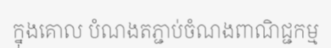
ក្នុងគោល បំណងតភ្ជាប់ចំណងពាណិជ្ជកម្ម